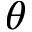
\theta